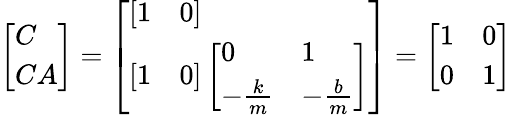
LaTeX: \left[{\begin{array}{l}{C}\\ {CA}\end{array}}\right]=\left[{\begin{array}{l}{\left[{\begin{array}{ll}{1}&{0}\end{array}}\right]}\\ {\left[{\begin{array}{ll}{1}&{0}\end{array}}\right]\left[{\begin{array}{ll}{0}&{1}\\ {-{\frac{k}{m}}}&{-{\frac{b}{m}}}\end{array}}\right]}\end{array}}\right]=\left[{\begin{array}{ll}{1}&{0}\\ {0}&{1}\end{array}}\right]